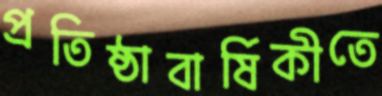
প্রতিষ্ঠাবার্ষিকীতে